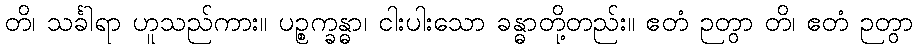
တိ၊ သင်္ခါရာ ဟူသည်ကား။ ပဉ္စက္ခန္ဓာ၊ ငါးပါးသော ခန္ဓာတို့တည်း။ ဧတံ ဉတွာ တိ၊ ဧတံ ဉတွာ